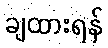
ချထားရန်